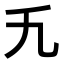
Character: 𬼃